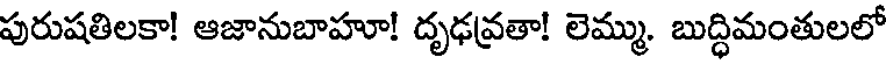
పురుషతిలకా! ఆజానుబాహూ! దృఢవ్రతా! లెమ్ము. బుద్ధిమంతులలో